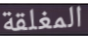
المغلقة